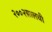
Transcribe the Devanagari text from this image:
२००२सालची